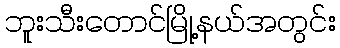
ဘူးသီးတောင်မြို့နယ်အတွင်း